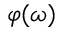
\varphi ( \omega )